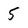
Character: 5